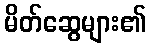
မိတ်ဆွေများ၏